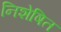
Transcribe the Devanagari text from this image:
निशेषित